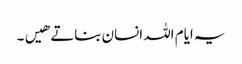
یہ ایام اللہ انسان بناتے هیں۔